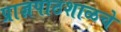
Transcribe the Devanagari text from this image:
प्राज्ञपाठशाळचे